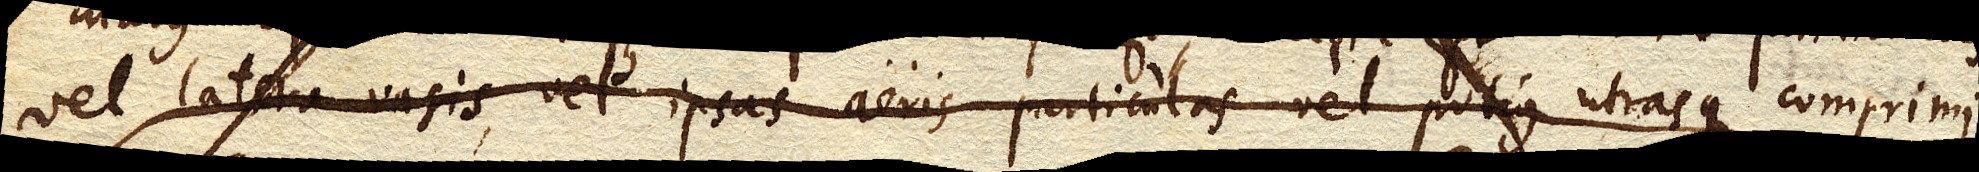
vel latera vasis, vel ipsas aeris particulas vel potius utrasque comprimi;